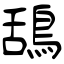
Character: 鴰